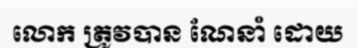
លោក ត្រូវបាន ណែនាំ ដោយ